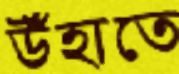
উঁহাতে